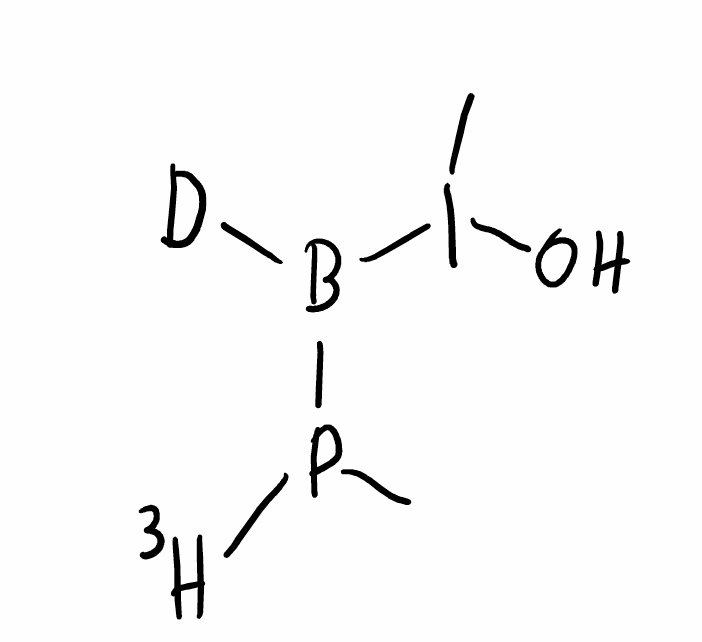
Simplified molecular-input line-entry system (SMILES) notation of the given molecule:
[2H]B(P([3H])C)I(C)O